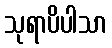
သုရာပိပါသာ